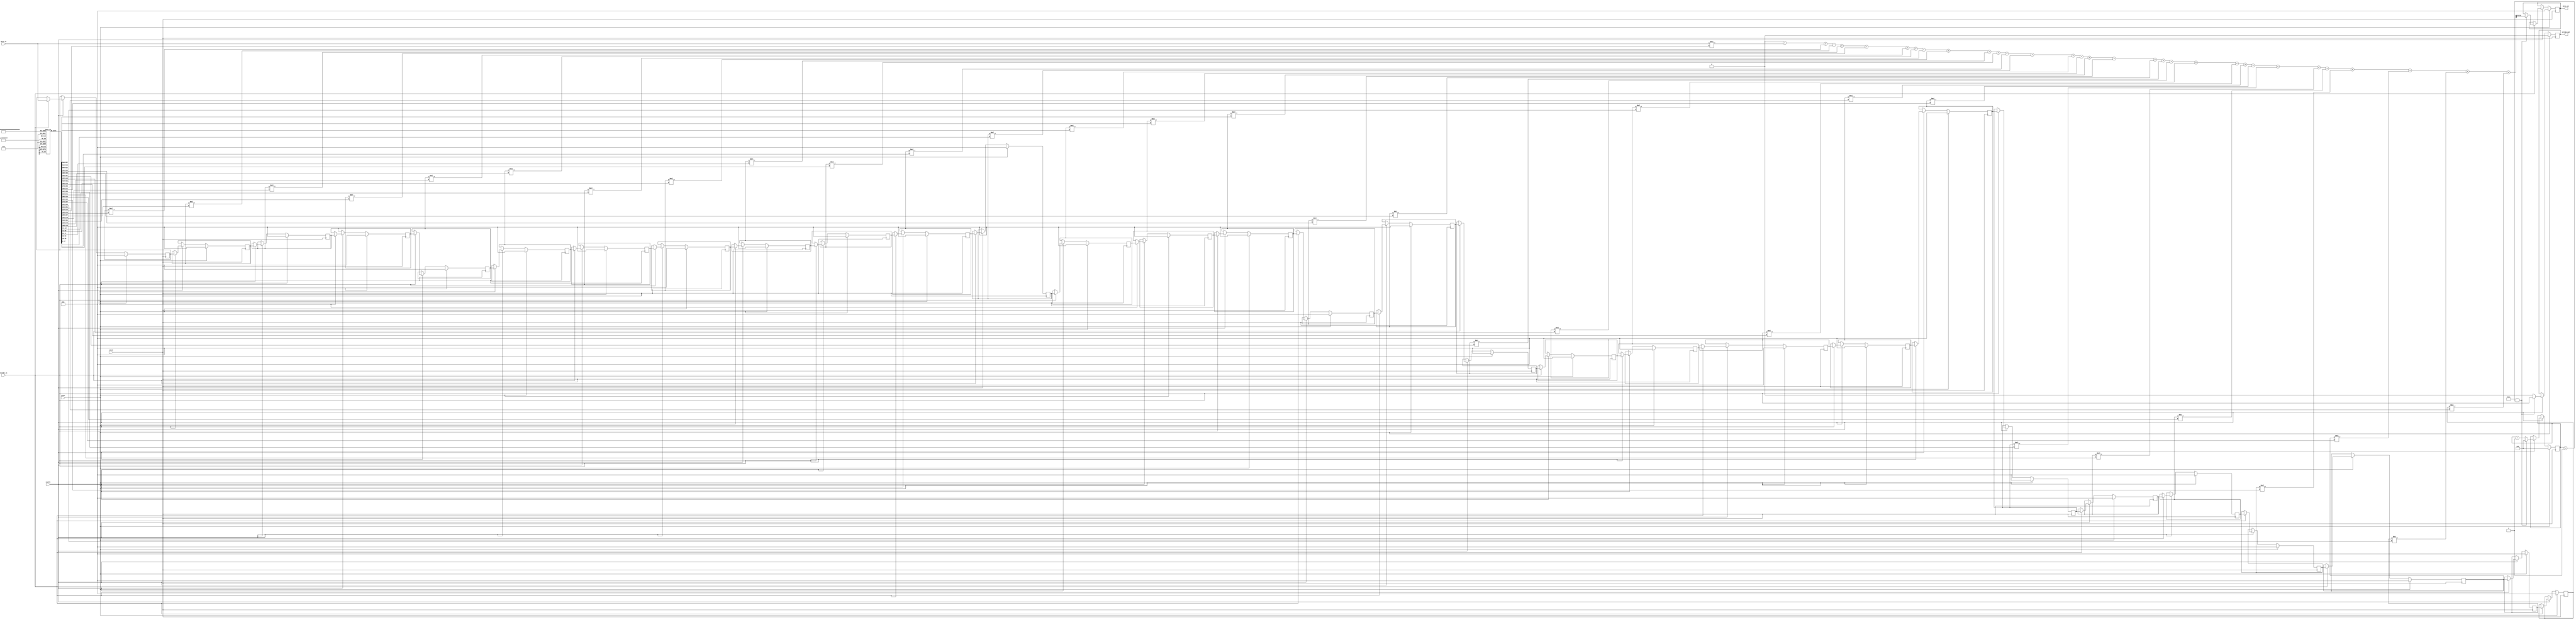
module halfband_ideal (
    input                           clock,
    input                           reset,
    input                           enable,
    input                           strobe_in,
    input   wire    signed  [17:0]  data_in,
    output  reg                     strobe_out,
    output  reg     signed  [17:0]  data_out
) ;

    parameter                       decim   = 1 ;
    parameter                       rate    = 2 ;

    reg signed              [40:0]  temp ;
    reg signed              [17:0]  delay[30:0] ;
    reg signed              [17:0]  coeffs[30:0] ;
    reg                     [7:0]   count ;
    integer                         i ;

    initial begin
        for( i = 0 ; i < 31 ; i = i + 1 ) begin
            coeffs[i] = 18'd0 ;
        end
        coeffs[0]   = -1390 ;
        coeffs[2]   = 1604 ;
        coeffs[4]   = -1896 ;
        coeffs[6]   = 2317 ;
        coeffs[8]   = -2979 ;
        coeffs[10]  = 4172 ;
        coeffs[12]  = -6953 ;
        coeffs[14]  = 20860 ;
        coeffs[15]  = 32768 ;
        coeffs[16]  = 20860 ;
        coeffs[18]  = -6953 ;
        coeffs[20]  = 4172 ;
        coeffs[22]  = -2979 ;
        coeffs[24]  = 2317 ;
        coeffs[26]  = -1896 ;
        coeffs[28]  = 1604 ;
        coeffs[30]  = -1390 ;
    end

    always @(posedge clock) begin
        if( reset ) begin
            count <= 0 ;
            for( i = 0 ; i < 31 ; i = i + 1 ) begin
                delay[i] <= 18'd0 ;
            end
            temp        <= 41'd0 ;
            data_out    <= 18'd0 ;
            strobe_out  <= 1'b0 ;
        end else if( enable ) begin

            if( (decim && (count == rate-1)) || !decim ) 
                strobe_out <= strobe_in ;
            else
                strobe_out <= 1'b0 ;
            

            if( strobe_in ) begin
                // Increment decimation count
                count <= count + 1 ;

                // Shift the input
                for( i = 30 ; i > 0 ; i = i - 1 ) begin
                    delay[i] = delay[i-1] ;
                end
                delay[0] = data_in ;

                // clear the temp reg
                temp = 18'd0 ;
                if( (decim && (count == rate-1)) || !decim ) begin
                    count <= 0 ;
                    for( i = 0 ; i < 31 ; i = i + 1 ) begin
                        // Multiply Accumulate
                        temp = temp + delay[i]*coeffs[i] ;
                    end
                    // Assign data output
                    data_out <= temp >>> 15 ;
                end
            end
        end
    end
endmodule